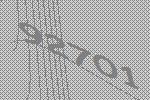
92701